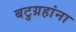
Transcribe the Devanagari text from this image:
बटुग्रहांना